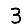
Digit: 3